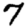
Digit: 7